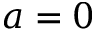
a = 0